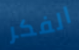
الفكر